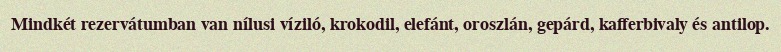
Mindkét rezervátumban van nílusi víziló, krokodil, elefánt, oroszlán, gepárd, kafferbivaly és antilop.